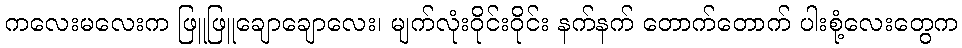
ကလေးမလေးက ဖြူဖြူချောချောလေး၊ မျက်လုံးဝိုင်းဝိုင်း နက်နက် တောက်တောက် ပါးစုံ့လေးတွေက